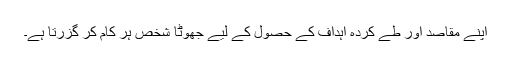
اپنے مقاصد اور طے کردہ اہداف کے حصول کے لیے جھوٹا شخص ہر کام کر گزرتا ہے۔